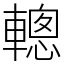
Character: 䡯